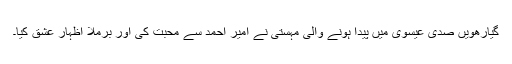
گیارھویں صدی عیسوی میں پیدا ہونے والی مہستی نے امیر احمد سے محبت کی اور برملا اظہارِ عشق کیا۔